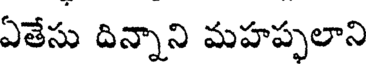
ఏతేసు దిన్నాని మహప్పలాని